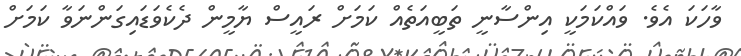
ވާހަކަ އެވެ. ވައްކަމަކީ އިންސާނީ ތަބީއަތެއް ކަމަށް ރައީސް ޔާމީން ދެކެވަޑައިގަންނަވާ ކަމަށް